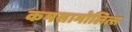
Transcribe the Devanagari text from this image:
कमसामोलित्स